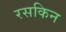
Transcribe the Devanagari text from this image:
रसकिन